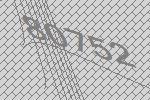
80752